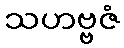
သဟဗ္ဗဇံ